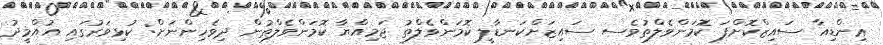
ޢިންޑިއާ ސައިޒްކޮށްފަ ކޮމަންވެލްތުވެސ ސައިޒަށްކަނޑާލީ ކޮމަންވެލްތު ޖަމިއްޔާ ކޮމަންވެލްތުން ދިވެހިންނަށް: ކުޅިވަރުގައި އުއްމީދު